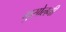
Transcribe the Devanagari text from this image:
मुसोलनी